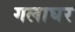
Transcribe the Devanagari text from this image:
गलाघर